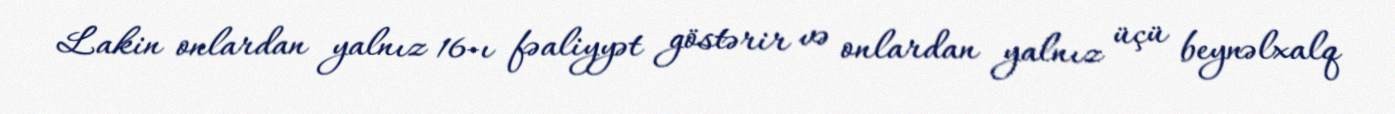
Lakin onlardan yalnız 16-ı fəaliyyət göstərir və onlardan yalnız üçü beynəlxalq